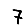
Digit: 7